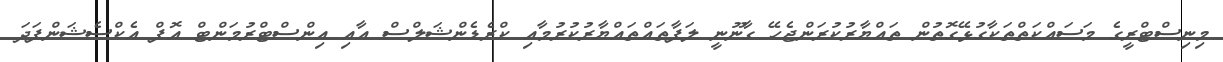
މިނިސްޓްރީގެ މަސައްކަތްތަކާގުޅޭގޮތުން ތައްޔާރުކުރަންޖެހޭ ގާނޫނީ ލަފާތައްތައްޔާރުކުރުމާއި ކްރެޑެންޝަލްސް އާއި އިންސްޓްރުމަންޓް އޮފް އެކްސެޝަންފަދަ